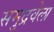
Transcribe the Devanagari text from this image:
समुद्रवेला